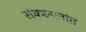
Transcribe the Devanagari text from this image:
संकल्पनांत